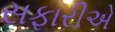
સફારીએ